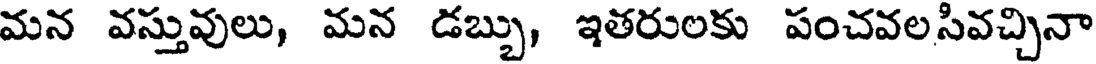
మన వస్తువులు, మన డబ్బు, ఇతరులకు పంచవలసివచ్చినా